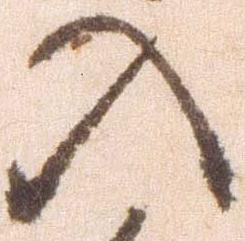
入